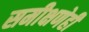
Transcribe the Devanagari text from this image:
समीक्षणेही